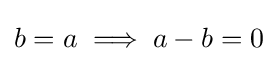
b=a\implies a-b=0